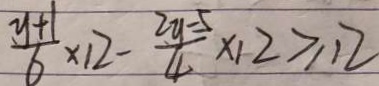
\frac { y + 1 } { 6 } \times 1 2 - \frac { 2 y - 5 } { 4 } \times 1 2 \geq 1 2